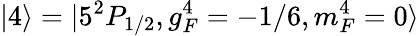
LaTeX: |4\rangle=|5^{2}P_{1/2},g_{F}^{4}=-1/6,m_{F}^{4}=0\rangle